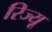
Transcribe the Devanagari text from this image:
रिज्यू